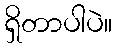
ရှိတာပါပဲ။